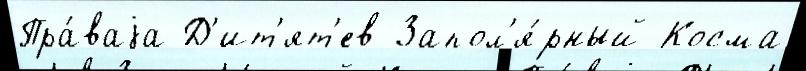
Пра́ваjа Д'ит'ят'ев Запол'я́рный Косма